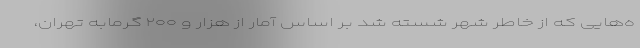
ه‌هایی که از خاطر شهر شسته شد بر اساس آمار از هزار و ۲۰۰ گرمابه تهران،